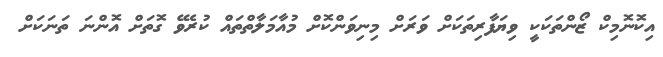
އިކޮނޮމިކް ޒޯންތަކަކީ ވިޔަފާރިިތަކަށް ވަރަށް މިނިވަންކޮށް މުއާމަލާތްތައް ކުރެވޭ ގޮތަށް އޮންނަ ތަނަކަށް